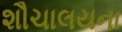
શૌચાલયના